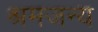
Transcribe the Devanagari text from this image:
श्रमजन्य